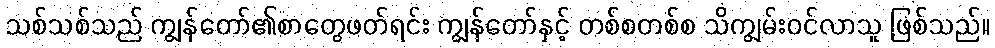
သစ်သစ်သည် ကျွန်တော်၏စာတွေဖတ်ရင်း ကျွန်တော်နှင့် တစ်စတစ်စ သိကျွမ်းဝင်လာသူ ဖြစ်သည်။